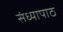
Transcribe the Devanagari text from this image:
संध्यापाठ